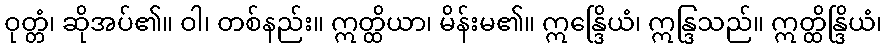
ဝုတ္တံ၊ ဆိုအပ်၏။ ဝါ၊ တစ်နည်း။ ဣတ္ထိယာ၊ မိန်းမ၏။ ဣန္ဒြေိယံ၊ ဣန္ဒြသည်။ ဣတ္ထိန္ဒြိယံ၊